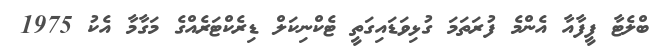
ބްލެޓާ ފީފާއާ އެންމެ ފުރަތަމަ ގުޅިވަޑައިގަތީ ޓެކްނިކަލް ޑިރެކްޓަރެއްގެ މަގާމާ އެކު 1975